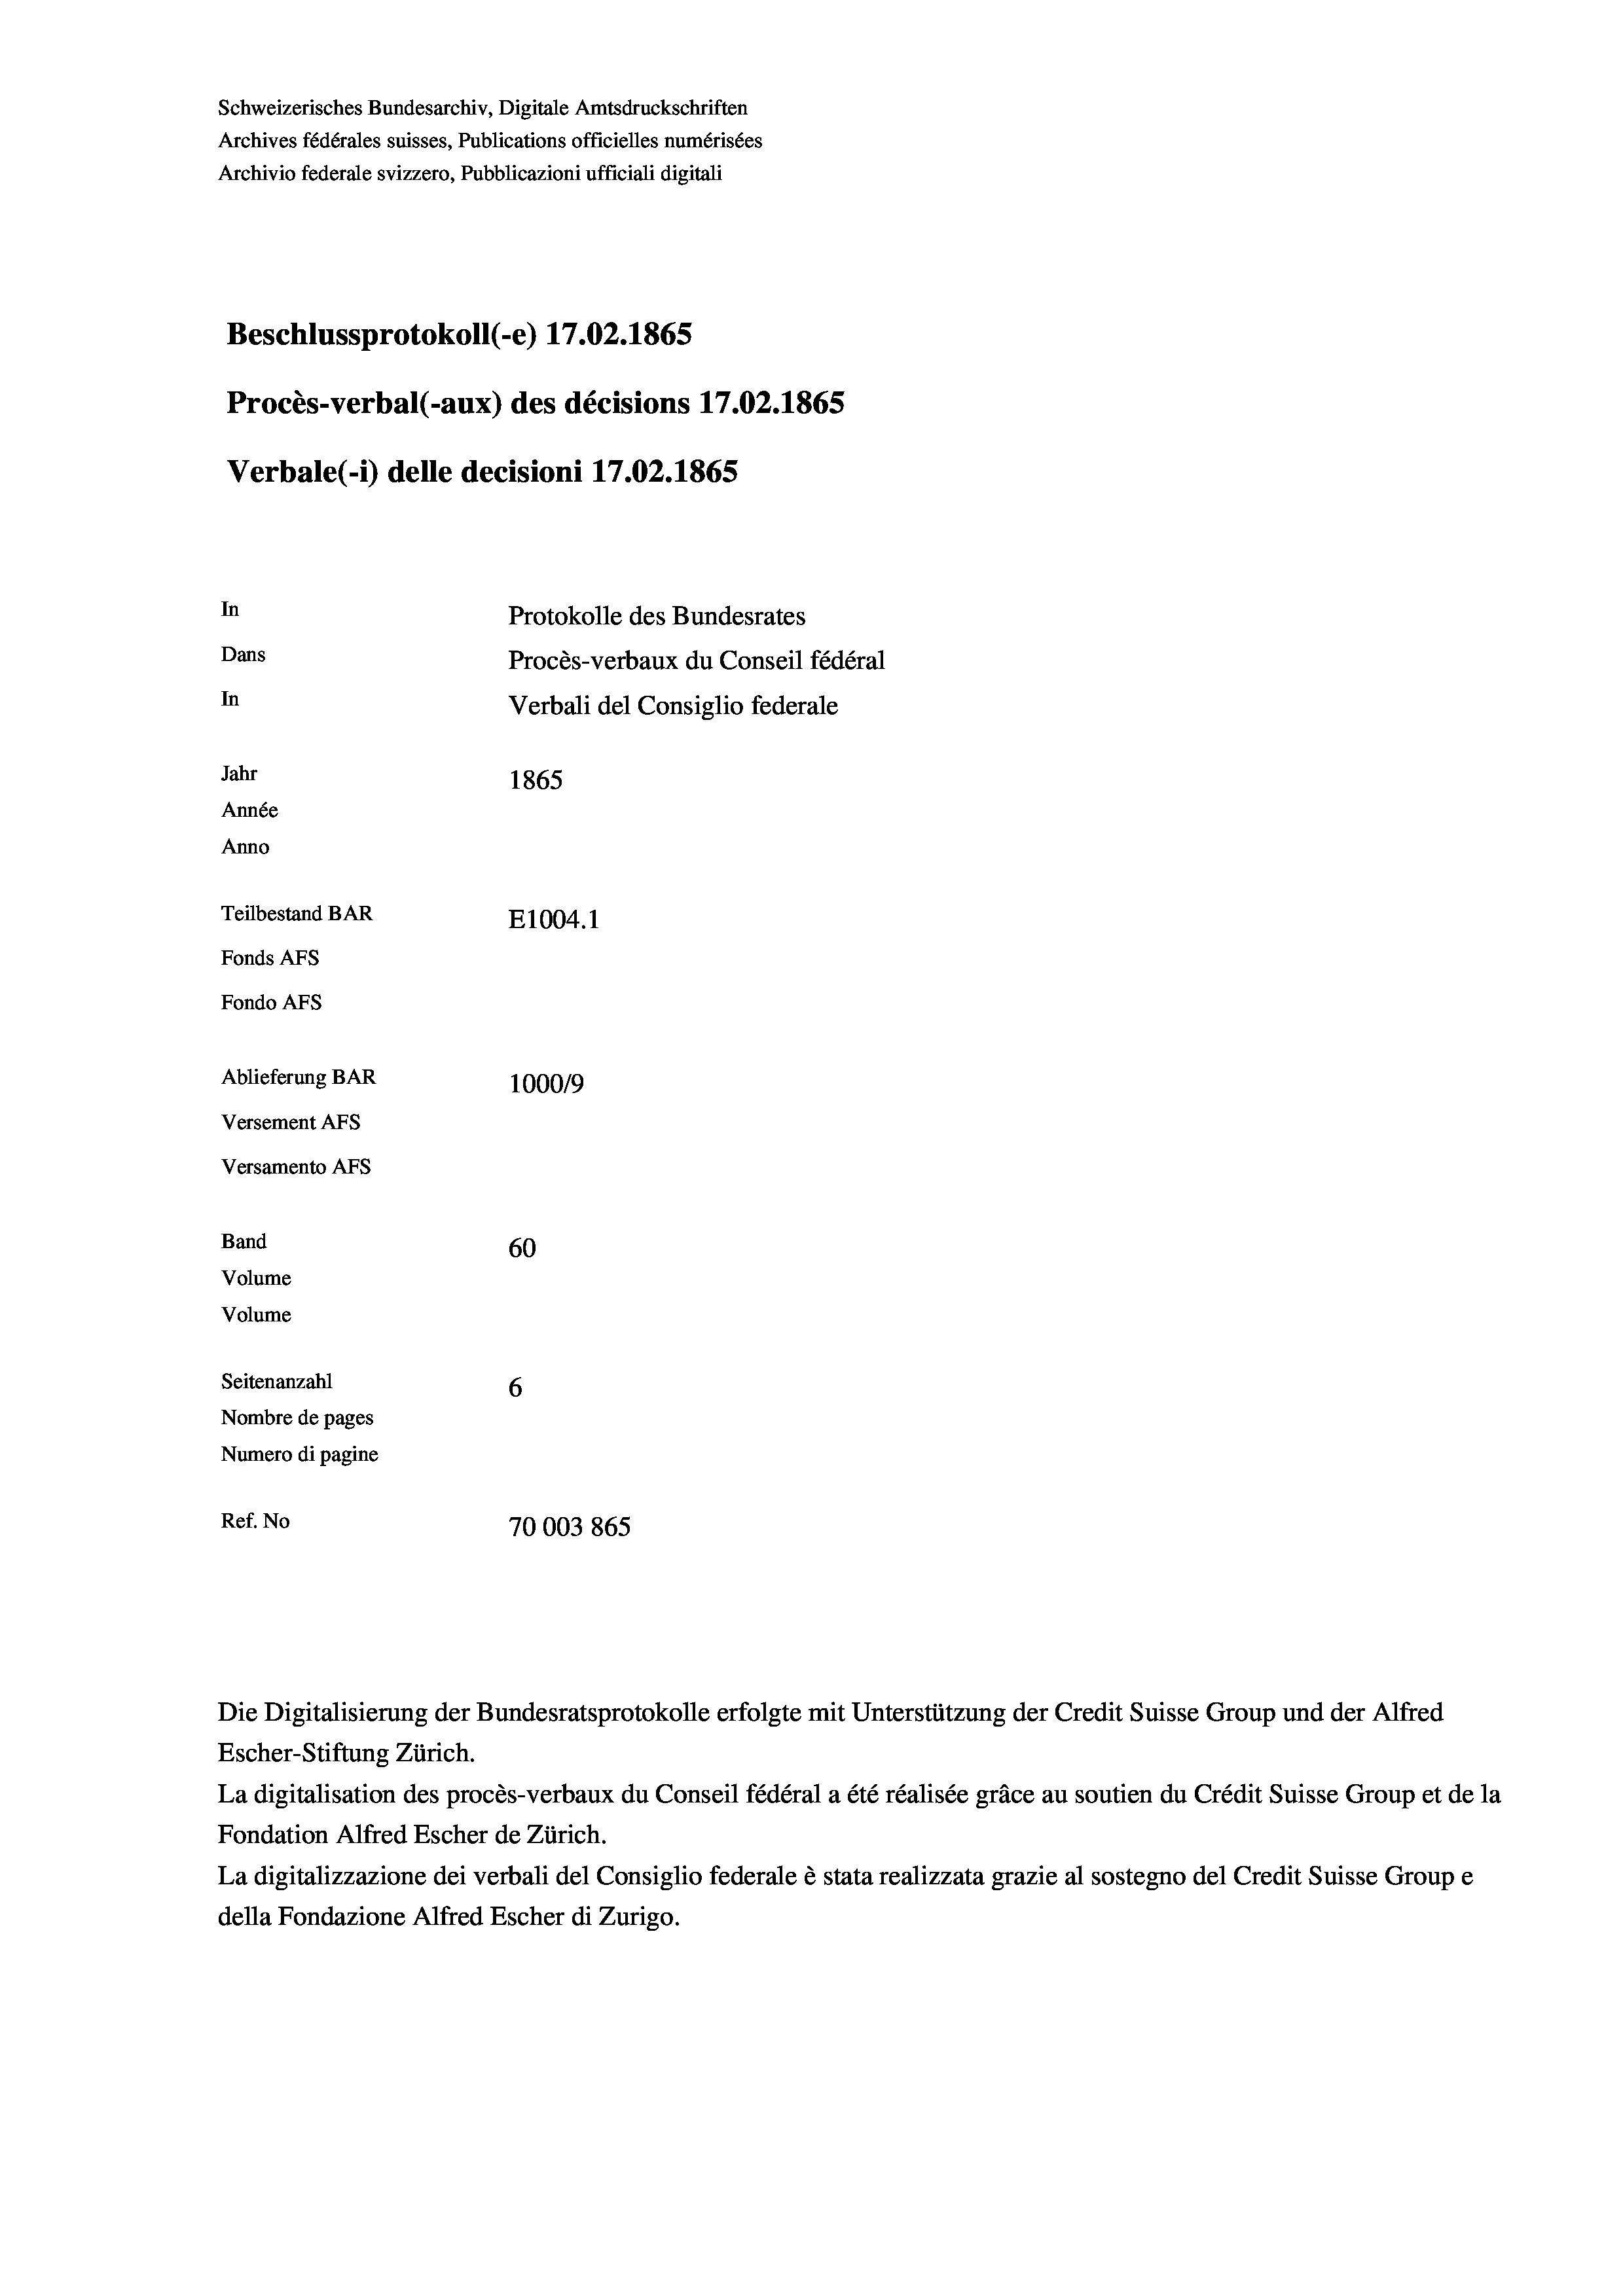
Schweizerisches Bundesarchiv, Digitale Amtsdruckschriften
Archives fédérales suisses, Publications officielles numérisées
Archivio federale svizzero, Pubblicazioni ufficiali digitali
Beschlussprotokoll (-e) 17.02. 1865
Procès-verbal (-aux) des décisions 17.02. 1865
Verbale(*) delle decisioni 17.02. 1865
In
Protokolle des Bundesrates
Dans
Procès-verbaux du Conseil fédéral
In
Verbali del Consiglio federale
Jahr
1865
Année
Anno
Teilbestand BAR
E1004.1
Fonds AFs
Fondo AFS
Ablieferung BAR
100019
Versement Abs
Versamento Afs
Band
60
Volume
Volume
Seitenanzahl
6
Nombre de pages
Numero di pagine
Ref. No
70003865

Escher-Stiftung Zürich.
La digitalisation des procès-verbaux du Conseil fédéral a été réalisée gräce au soutien du Crédit Suisse Group et de la
Fondation Alfred Escher de Zürich.
La digitalizzazione dei verbali del Consiglio federale è stata realizzata grazie al sostegno del Credit Suisse Groupe
della Fondazione Alfred Escher di Zurigo.

Die Digitalisierung der Bundesratsprotokolle erfolgte mit Unterstützung der Credit Suisse Group und der Alfred